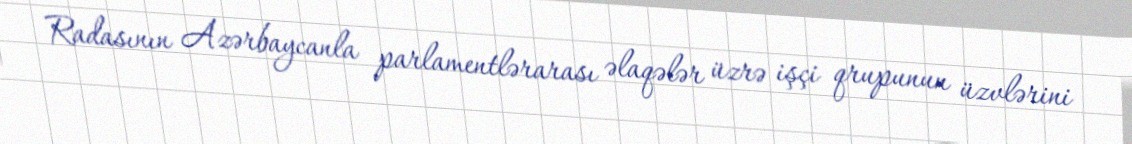
Radasının Azərbaycanla parlamentlərarası əlaqələr üzrə işçi qrupunun üzvlərini